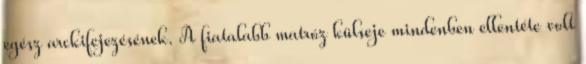
egész arckifejezésének. A fiatalabb matróz külseje mindenben ellentéte volt